Report of the King Institute of Preventive Medicine, Guindy
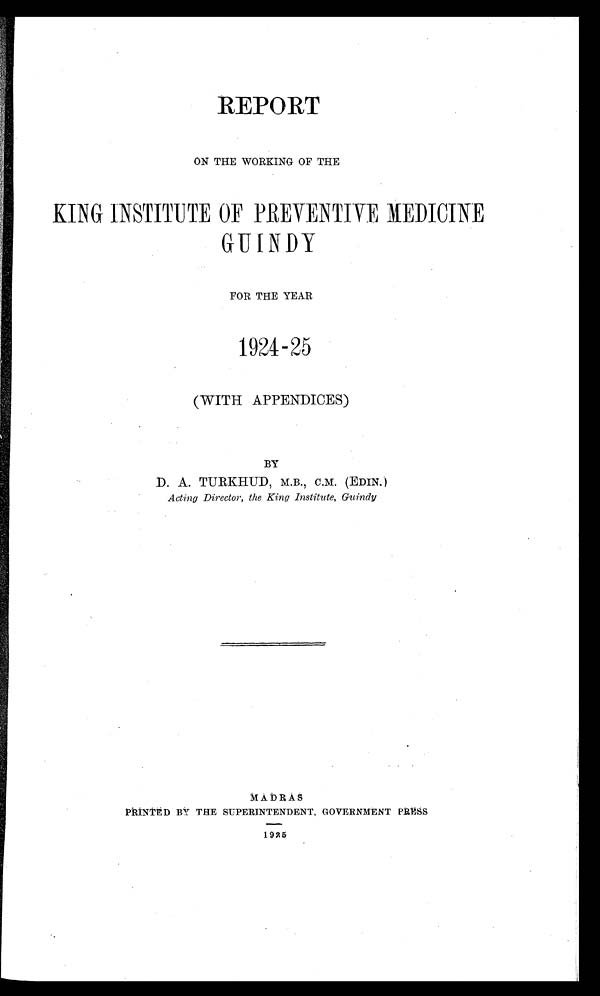
REPORT
ON THE WORKING OF THE
KING INSTITUTE OF PREVENTIVE MEDICINE
GUINDY
FOR THE YEAR
1924-25
(WITH APPENDICES)
BY
D. A. TURKHUD, M.B., C.M. (EDIN.)
Acting Director, the King Institute, Guindy
MADRAS
PRINTED BY THE SUPERINTENDENT, GOVERNMENT PRESS
1925